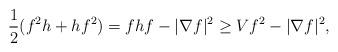
LaTeX: \begin{align*}\frac{1}{2}(f^2 h + hf^2)=fhf-|\nabla f|^2 \ge Vf^2-|\nabla f|^2, \end{align*}